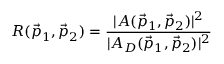
R ( \vec { p } _ { 1 } , \vec { p } _ { 2 } ) = \frac { | A ( \vec { p } _ { 1 } , \vec { p } _ { 2 } ) | ^ { 2 } } { | A _ { D } ( \vec { p } _ { 1 } , \vec { p } _ { 2 } ) | ^ { 2 } }